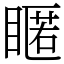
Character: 䁥